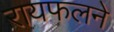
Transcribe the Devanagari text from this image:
रायफलने